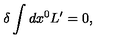
\delta \int d x ^ { 0 } L ^ { \prime } = 0 ,